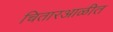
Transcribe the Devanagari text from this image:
चितारआळीत